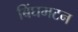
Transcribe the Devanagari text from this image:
बिंघमटन